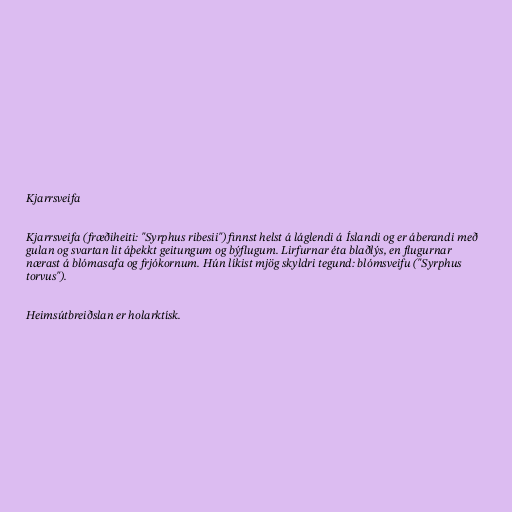
Kjarrsveifa

Kjarrsveifa (fræðiheiti: "Syrphus ribesii") finnst helst á láglendi á Íslandi og er áberandi með
gulan og svartan lit áþekkt geitungum og býflugum. Lirfurnar éta blaðlýs, en flugurnar
nærast á blómasafa og frjókornum. Hún líkist mjög skyldri tegund: blómsveifu ("Syrphus
torvus").

Heimsútbreiðslan er holarktísk.